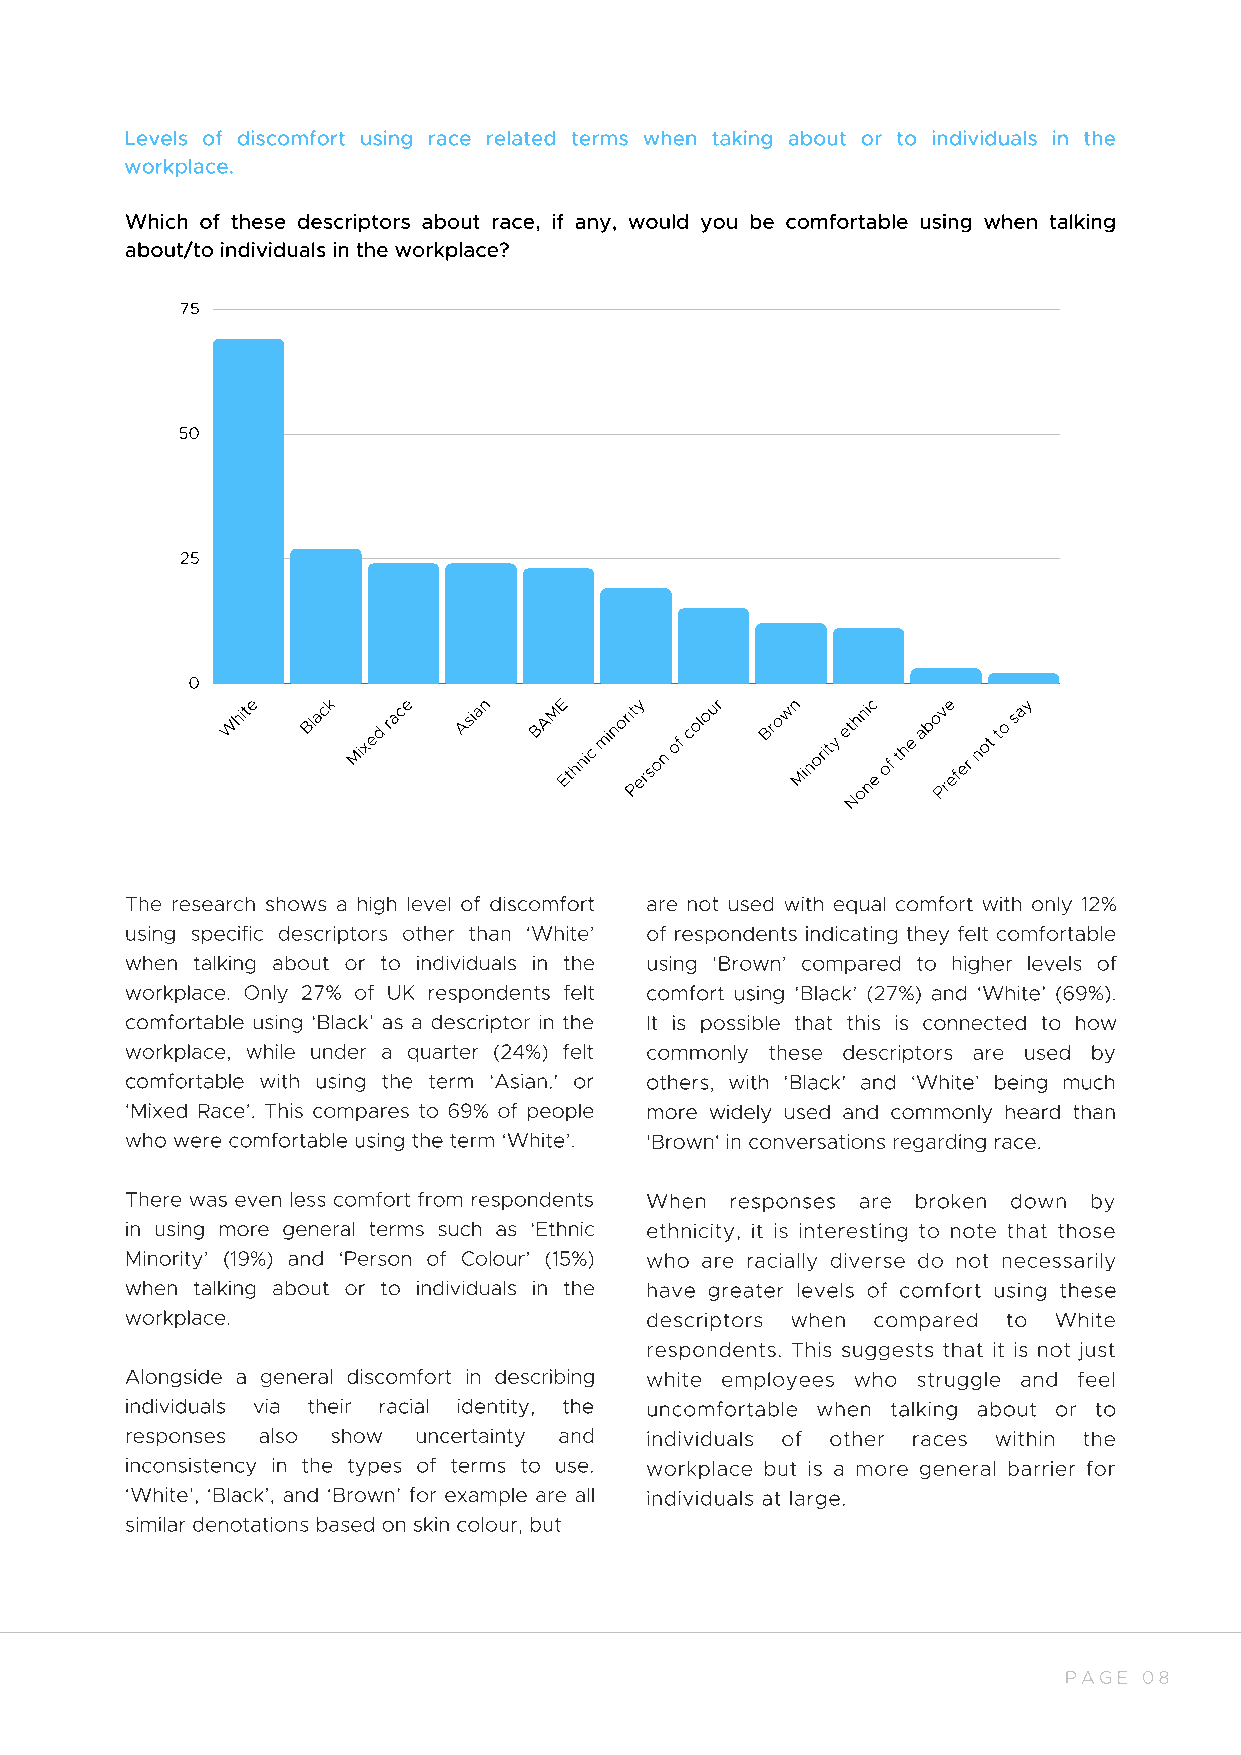
Levels of discomfort using race related terms when taking about or to individuals in the
 workplace.
 Which of these descriptors about race, if any, would you be comfortable using when talking
 about/to individuals in the workplace?
 75
 50
 25
 0
 W
 hite Black
 Mixed
 race Asian
 BA
 ME
 Ethnic
 minori Pt
 ey
 rson
 of
 colour Brown
 Minority
 eth oni
 nc
 e
 of
 the
 abo Pv
 re
 efer
 not
 to
 say
 N
 The research shows a high level of discomfort are not used with equal comfort with only 12%
 using specific descriptors other than ‘White’ of respondents indicating they felt comfortable
 when talking about or to individuals in the using ‘Brown’ compared to higher levels of
 workplace. Only 27% of UK respondents felt comfort using ‘Black’ (27%) and ‘White’ (69%).
 comfortable using ‘Black’ as a descriptor in the It is possible that this is connected to how
 workplace, while under a quarter (24%) felt commonly these descriptors are used by
 comfortable with using the term ‘Asian.’ or others, with ‘Black’ and ‘White’ being much
 ‘Mixed Race’. This compares to 69% of people more widely used and commonly heard than
 who were comfortable using the term ‘White’. 'Brown' in conversations regarding race.
 There was even less comfort from respondents When responses are broken down by
 in using more general terms such as ‘Ethnic ethnicity, it is interesting to note that those
 Minority’ (19%) and ‘Person of Colour’ (15%) who are racially diverse do not necessarily
 when talking about or to individuals in the have greater levels of comfort using these
 workplace.                         descriptors when compared to White
 respondents. This suggests that it is not just
 Alongside a general discomfort in describing white employees who struggle and feel
 individuals via their racial identity, the uncomfortable when talking about or to
 responses also show uncertainty and individuals of other races within the
 inconsistency in the types of terms to use. workplace but is a more general barrier for
 ‘White’, ‘Black’, and ‘Brown’ for example are all individuals at large.
 similar denotations based on skin colour, but
 PAGE  08